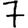
Digit: 7